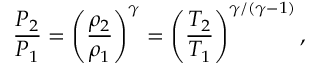
\frac { P _ { 2 } } { P _ { 1 } } = \left( \frac { \rho _ { 2 } } { \rho _ { 1 } } \right) ^ { \gamma } = \left( \frac { T _ { 2 } } { T _ { 1 } } \right) ^ { \gamma / ( \gamma - 1 ) } ,